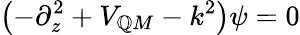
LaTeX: \left(-\partial_{z}^{2}+V_{\mathbb{Q}M}-k^{2}\right)\psi=0